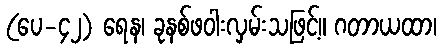
(ပေ-၄၂) ရေန၊ ခုနစ်ဖဝါးလှမ်းသဖြင့်။ ဂတာယထာ၊